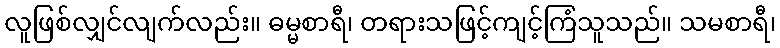
လူဖြစ်လျှင်လျက်လည်း။ ဓမ္မစာရီ၊ တရားသဖြင့်ကျင့်ကြံသူသည်။ သမစာရီ၊